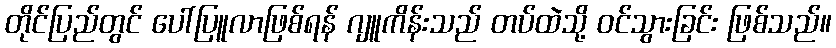
တိုင်ပြည်တွင် ပေါ်ပြူလာဖြစ်ရန် ဂျူကိန်းသည် တပ်ထဲသို့ ဝင်သွားခြင်း ဖြစ်သည်။